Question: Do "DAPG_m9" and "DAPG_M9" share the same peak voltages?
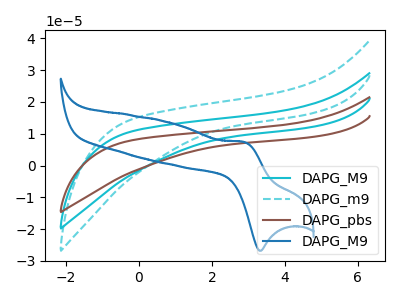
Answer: <think>The cyan curve "DAPG_M9" has no peaks. The cyan dashed curve "DAPG_m9" has no peaks. The brown curve "DAPG_pbs" has no peaks. The blue curve "DAPG_M9" has an anodic peak at (2.90V, 7.35uA) and a cathodic peak at (3.35V, -26.80uA).</think>
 <answer>Niether CV has any peaks.</answer>
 <eval>blanks</eval>